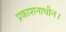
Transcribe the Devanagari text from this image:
प्रकाशनाधीन।